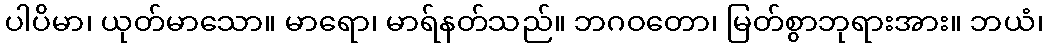
ပါပိမာ၊ ယုတ်မာသော။ မာရော၊ မာရ်နတ်သည်။ ဘဂဝတော၊ မြတ်စွာဘုရားအား။ ဘယံ၊